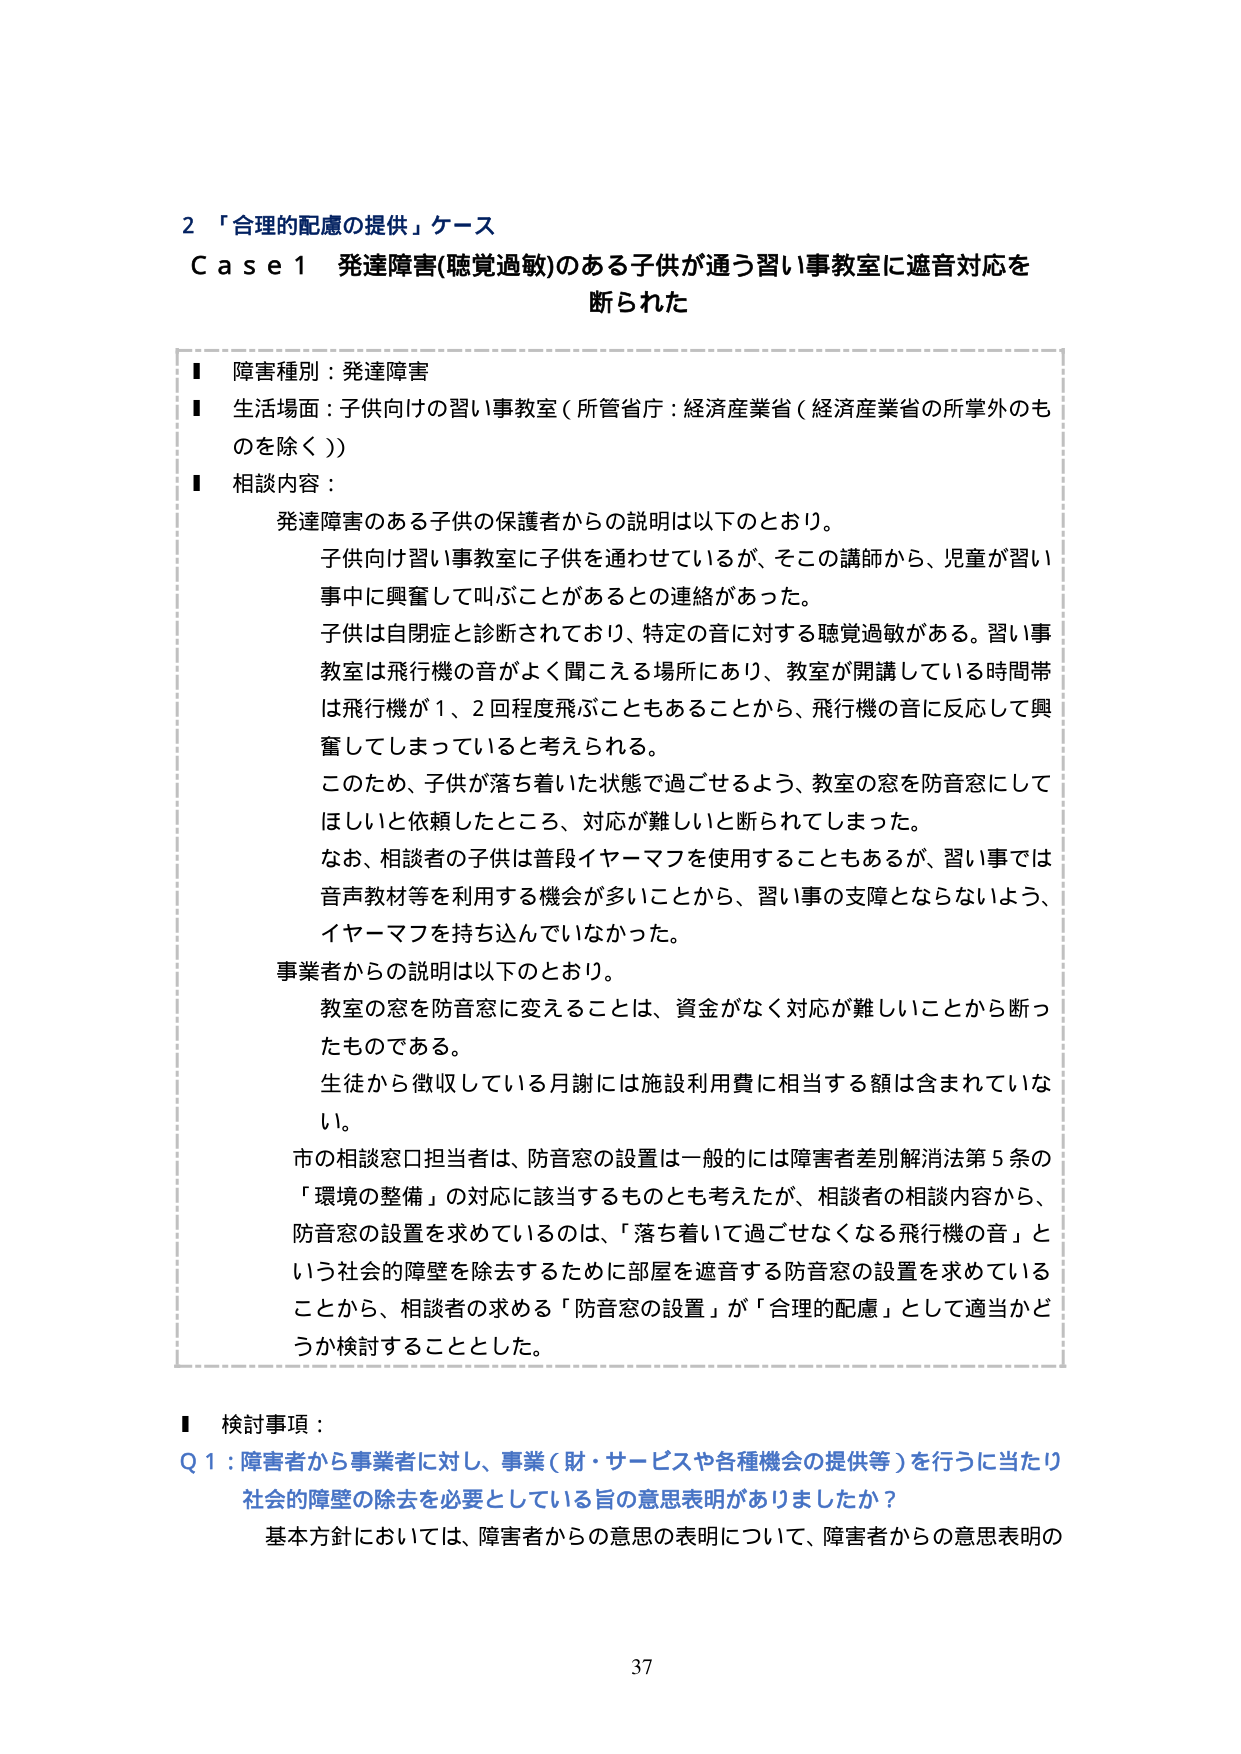
2 「合理的配慮の提供」ケース
Case 1 発達障害(聴覚過敏)のある子供が通う習い事教室に遮音対応を断られた

■ 障害種別：発達障害
■ 生活場面：子供向けの習い事教室（所管省庁：経済産業省（経済産業省の所掌外のものを除く））
■ 相談内容：
　発達障害のある子供の保護者からの説明は以下のとおり。
　　子供向け習い事教室に子供を通わせているが、そこの講師から、児童が習い事中に興奮して叫ぶことがあるとの連絡があった。
　　子供は自閉症と診断されており、特定の音に対する聴覚過敏がある。習い事教室は飛行機の音がよく聞こえる場所にあり、教室が開講している時間帯は飛行機が1、2回程度飛ぶこともあることから、飛行機の音に反応して興奮してしまっていると考えられる。
　　このため、子供が落ち着いた状態で過ごせるよう、教室の窓を防音窓にしてほしいと依頼したところ、対応が難しいと断られてしまった。
　　なお、相談者の子供は普段イヤーマフを使用することもあるが、習い事では音声教材等を利用する機会が多いことから、習い事の支障とならないよう、イヤーマフを持ち込んでいなかった。
　事業者からの説明は以下のとおり。
　　教室の窓を防音窓に変えることは、資金がなく対応が難しいことから断ったものである。
　　生徒から徴収している月謝には施設利用費に相当する額は含まれていない。
　　市の相談窓口担当者は、防音窓の設置は一般的には障害者差別解消法第5条の「環境の整備」の対応に該当するものとも考えたが、相談者の相談内容から、防音窓の設置を求めているのは、「落ち着いて過ごせなくなる飛行機の音」という社会的障壁を除去するために部屋を遮音する防音窓の設置を求めていることから、相談者の求める「防音窓の設置」が「合理的配慮」として適当かどうか検討することとした。

■ 検討事項：
Q1：障害者から事業者に対し、事業（財・サービスや各種機会の提供等）を行うに当たり社会的障壁の除去を必要としている旨の意思表明がありましたか？
　基本方針においては、障害者からの意思の表明について、障害者からの意思表明の

37